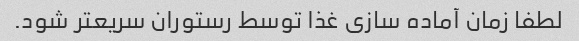
لطفا زمان آماده سازی غذا توسط رستوران سریعتر شود.